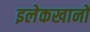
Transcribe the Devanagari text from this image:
इलेकखानों